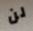
لن